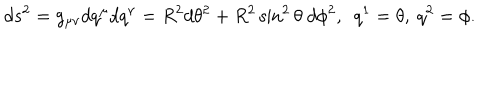
LaTeX: d s ^ { 2 } = g _ { \mu \nu } d q ^ { \mu } d q ^ { \nu } = R ^ { 2 } d \theta ^ { 2 } + R ^ { 2 } \sin ^ { 2 } \theta ~ d \phi ^ { 2 } , ~ ~ q ^ { 1 } = \theta , ~ q ^ { 2 } = \phi .